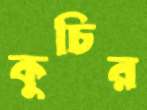
কুচির